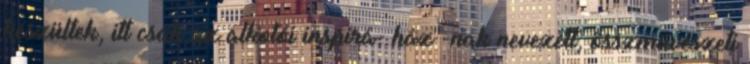
készültek, itt csak az alkotói inspirá- ház"-nak nevezett, összművészeti